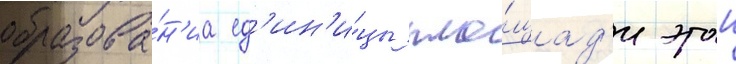
образова́н'иа ед'ин'и́цы пло́щад'и этои